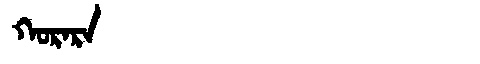
Manchu: ᡴᠣᡵᠠᡵᠠ
Romanization: KORARA